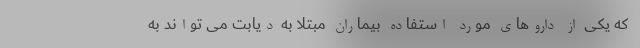
که یکی از داروهای مورد استفاده بیماران مبتلا به دیابت می تواند به